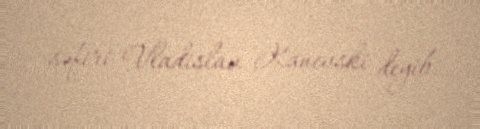
səfiri Vladislav Kanevski deyib.